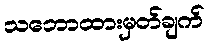
သဘောထားမှတ်ချက်